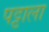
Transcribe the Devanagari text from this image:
पट्टाला